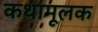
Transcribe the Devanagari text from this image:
कथामूलक